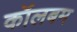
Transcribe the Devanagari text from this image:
कॉलबम